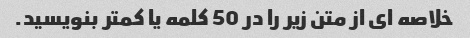
خلاصه ای از متن زیر را در 50 کلمه یا کمتر بنویسید.